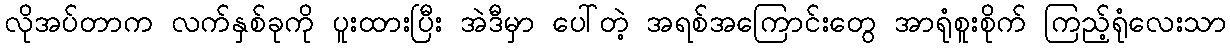
လိုအပ်တာက လက်နှစ်ခုကို ပူးထားပြီး အဲဒီမှာ ပေါ်တဲ့ အရစ်အကြောင်းတွေ အာရုံစူးစိုက် ကြည့်ရုံလေးသာ